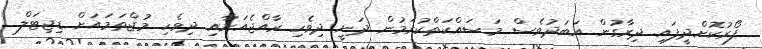
ފޯރުކޮށްދީފައި. ދިރާގުން އަބަދުވެސް މަސައްކަތްކުރަމުން ދަނީ ދިވެހި ރާއްޖެއަށާއި ދިވެހި މުޖްތަމައަށް ޑިޖިޓަލް